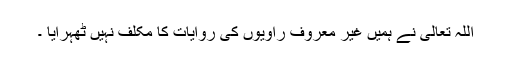
اللہ تعالیٰ نے ہمیں غیر معروف راویوں کی روایات کا مکلّف نہیں ٹھہرایا ۔